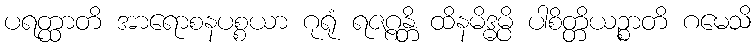
ပရတ္ထာတိ အာရောစနပစ္စယာ ဂုရုံ ရဇဂ္ဂန္တိ ထိနမိဒ္ဓမ္ပိ ပါစိတ္တိယဉ္စာတိ ဂမေသိ